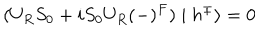
( U _ { R } S _ { 0 } + i S _ { 0 } U _ { R } ( - ) ^ { F } ) \mid h ^ { \pm } \rangle = 0